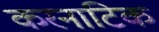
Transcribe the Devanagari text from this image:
करनाटिक